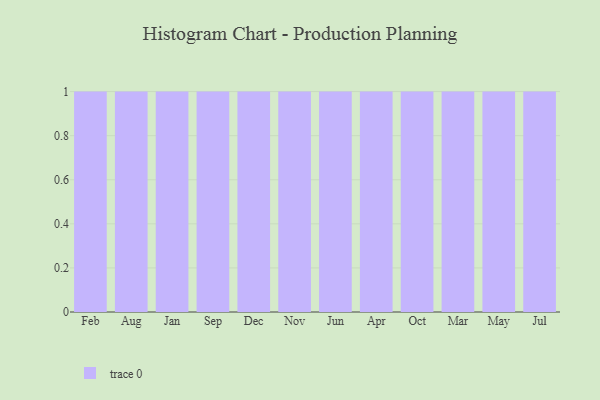
{"axis": {"x": "Month", "y": "Revenue (USD Million)"}, "legend": [""], "data": [{"x": "Feb", "y": 17, "type": ""}, {"x": "Aug", "y": 35, "type": ""}, {"x": "Jan", "y": 70, "type": ""}, {"x": "Sep", "y": 15, "type": ""}, {"x": "Dec", "y": 27, "type": ""}, {"x": "Nov", "y": 25, "type": ""}, {"x": "Jun", "y": 78, "type": ""}, {"x": "Apr", "y": 16, "type": ""}, {"x": "Oct", "y": 45, "type": ""}, {"x": "Mar", "y": 79, "type": ""}, {"x": "May", "y": 17, "type": ""}, {"x": "Jul", "y": 2, "type": ""}]}